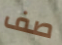
صف